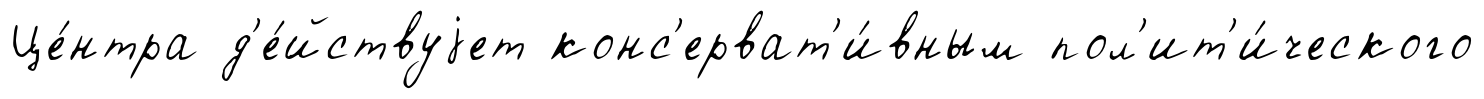
Це́нтра д'е́йствуjет конс'ерват'и́вным пол'ит'и́ческого